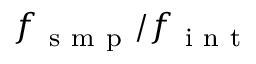
f _ { \mathrm { ~ s ~ m ~ p ~ } } / f _ { \mathrm { ~ i ~ n ~ t ~ } }